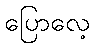
ပြောလေ့